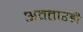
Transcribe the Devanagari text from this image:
अवतारही